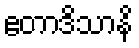
ဧတာဒိသာနိ